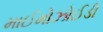
માઈમોઝોઈડી